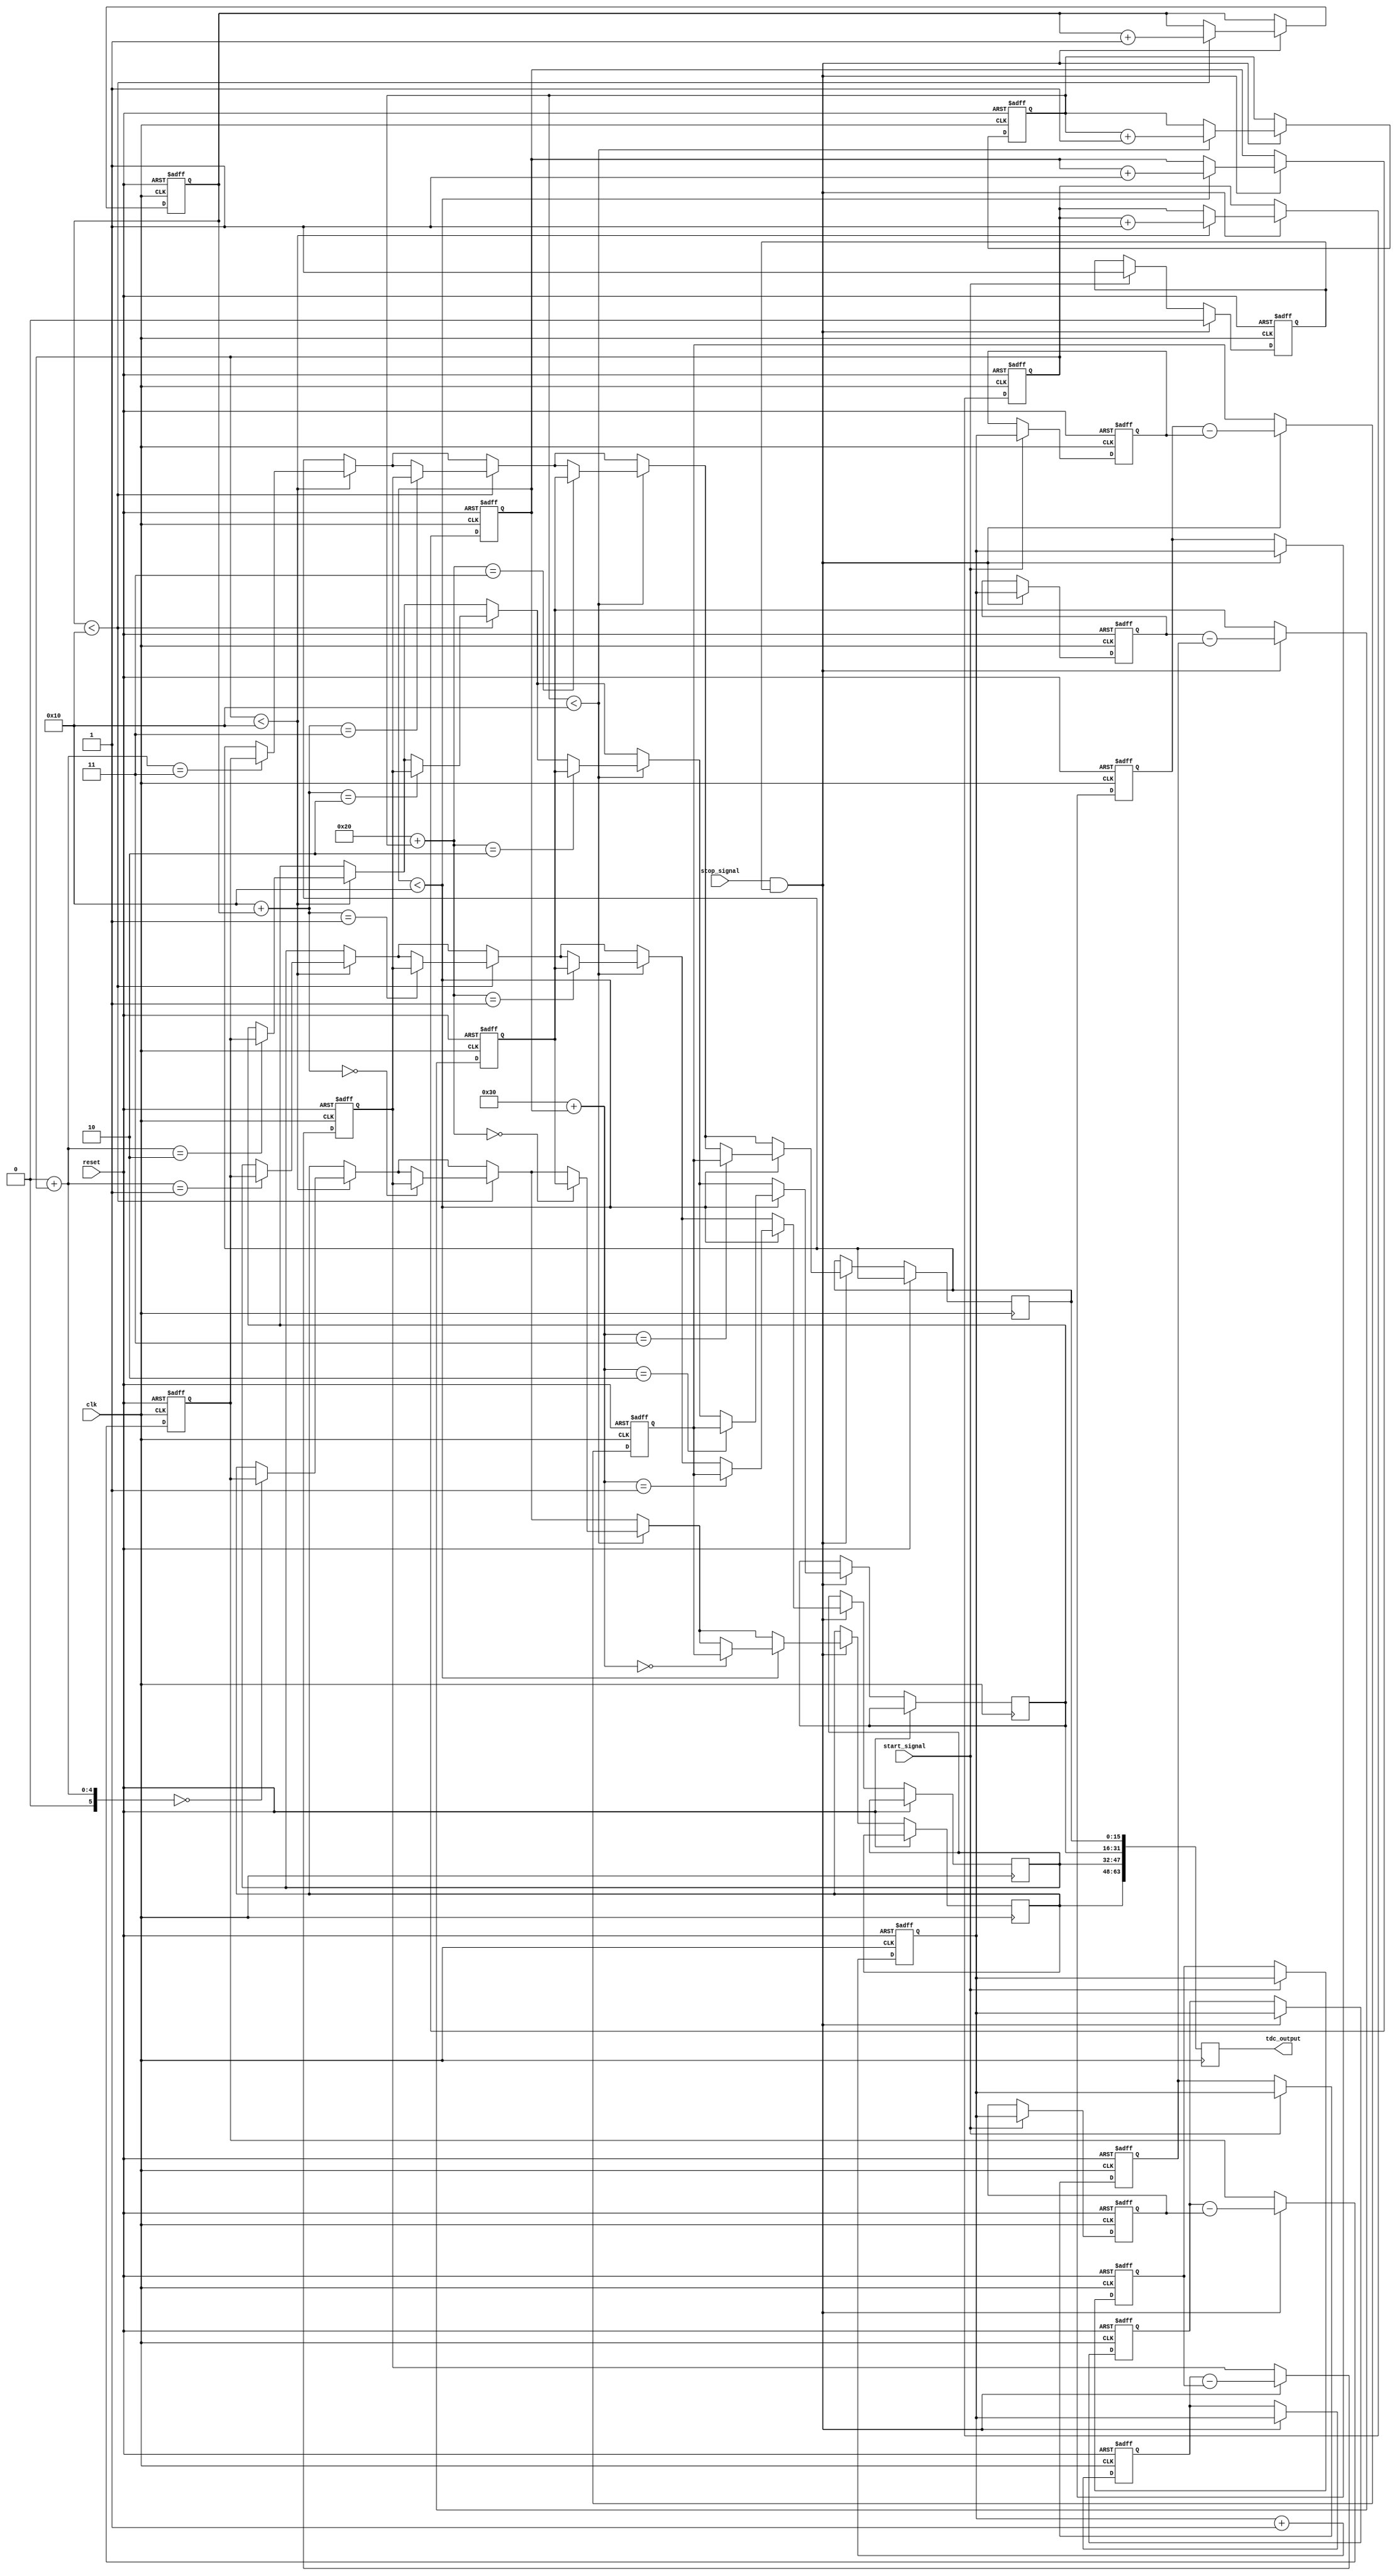
module TDC #(
    parameter NUM_CHANNELS = 4, // Number of TDC channels
    parameter MEMORY_DEPTH = 16  // Depth of memory blocks
)(
    input wire clk,               // Sampling clock
    input wire reset,             // Asynchronous reset
    input wire start_signal,      // Signal to start measuring time intervals
    input wire stop_signal,       // Signal to stop measuring time intervals
    output reg [NUM_CHANNELS*MEMORY_DEPTH-1:0] tdc_output // Output from all channels
);

    // Channel time measurement registers
    reg [15:0] start_time [0:NUM_CHANNELS-1];
    reg [15:0] stop_time [0:NUM_CHANNELS-1];
    reg [15:0] time_measurement [0:NUM_CHANNELS-1];
    
    // Memory blocks for each channel
    reg [15:0] memory [0:NUM_CHANNELS-1][0:MEMORY_DEPTH-1];
    reg [3:0] write_pointer [0:NUM_CHANNELS-1]; // Memory write pointers

    // Counter for time measurement
    reg [15:0] counter;
    
    // State machine states
    reg measuring;
    
    integer i;

    // Time measurements
    always @(posedge clk or posedge reset) begin
        if (reset) begin
            for (i = 0; i < NUM_CHANNELS; i = i + 1) begin
                start_time[i] <= 0;
                stop_time[i] <= 0;
                time_measurement[i] <= 0;
                write_pointer[i] <= 0;
            end
            counter <= 0;
            measuring <= 0;
        end else begin
            counter <= counter + 1;

            if (start_signal) begin
                measuring <= 1;
                for (i = 0; i < NUM_CHANNELS; i = i + 1) begin
                    start_time[i] <= counter; // Capture start time
                end
            end
            
            if (stop_signal && measuring) begin
                for (i = 0; i < NUM_CHANNELS; i = i + 1) begin
                    stop_time[i] <= counter; // Capture stop time
                    time_measurement[i] <= stop_time[i] - start_time[i]; // Calculate time interval
                    
                    // Store measurement in memory
                    if (write_pointer[i] < MEMORY_DEPTH) begin
                        memory[i][write_pointer[i]] <= time_measurement[i];
                        write_pointer[i] <= write_pointer[i] + 1; // Increment write pointer
                    end
                end
                measuring <= 0;
            end
        end
    end

    // Output concatenation
    always @(posedge clk) begin
        tdc_output <= {memory[0], memory[1], memory[2], memory[3]}; // Concatenate outputs from all channels
    end

endmodule